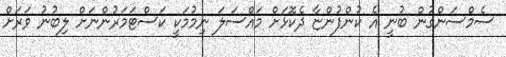
ސެމްސަންގުން ބުނީ އެ ކުންފުންޏާ ދެކޮޅަށް މައްސަލަ ނިމުމަކީ ކަސްޓަމަރުންނަށް ލިބުނު ވަރަށް